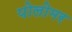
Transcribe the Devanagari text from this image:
पोलोमर